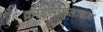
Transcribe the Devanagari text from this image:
क्राइसोमलाउज़ा